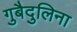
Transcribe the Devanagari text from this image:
गुबैदुलिना